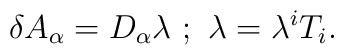
\delta A_{\alpha} = D_{\alpha} \lambda\,\,;\,\,\lambda =  \lambda^{i}T_{i}.